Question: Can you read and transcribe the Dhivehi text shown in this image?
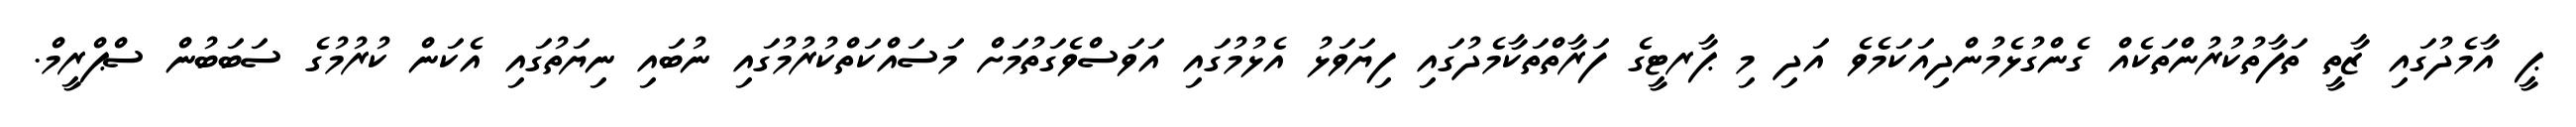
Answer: ޕީ އާމެދުގައި ޒާތީ ތަފާތުކުރުންތަކެއް ގެންގުޅެމުންދިއަކަމެވެ އަދި މި ޕާރޓީގެ ފަރާތްތަކާމެދުގައި ފިޔަވަޅު އެޅުމުގައި އަވަސްވެގަތުމަށް މަސައްކަތްކުރުމުގައި ނުބައި ނިޔަތުގައި އެކަން ކުރުމުގެ ސަބަބުން ސްޕްރީމް.